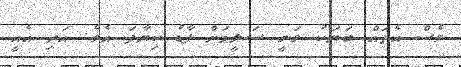
ވެސް އެތައް ބަޔަކު ވަނީ ސަލީމަށް ފާޑު ކިޔާފަ އެވެ. އަދި އެއީ